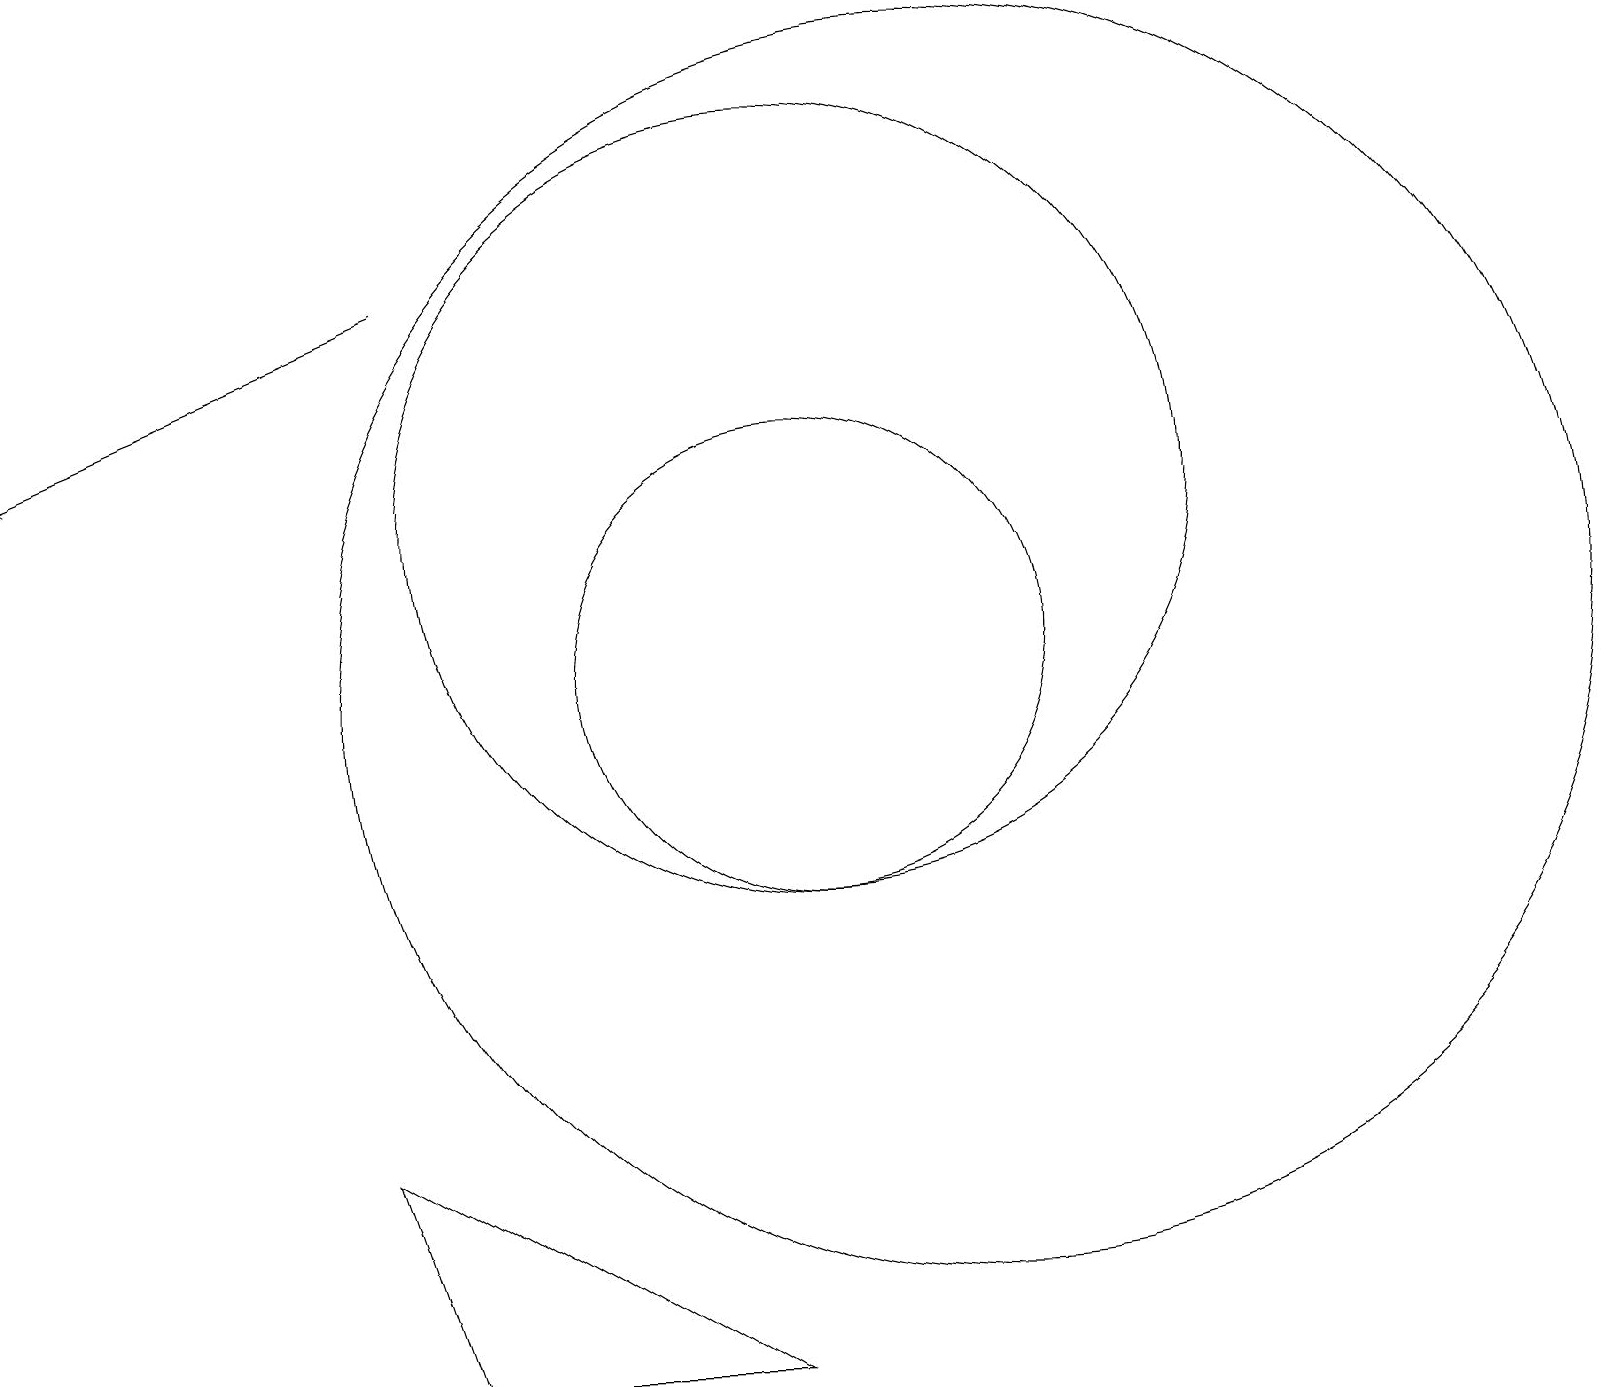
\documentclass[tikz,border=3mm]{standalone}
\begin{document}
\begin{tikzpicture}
\draw (12,10) circle (8);
\draw[->] (5,15) -- (0,13);
\draw (4,4) -- (9,1) -- (5,1) -- cycle;
\draw (10,12) circle (5);
\draw (10,10) circle (3);
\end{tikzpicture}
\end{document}